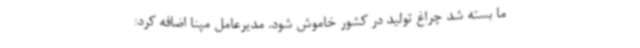
ما بسته شد چراغ تولید در کشور خاموش شود. مدیرعامل مپنا اضافه کرد: